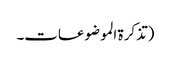
(تذکرۃ الموضوعات۔